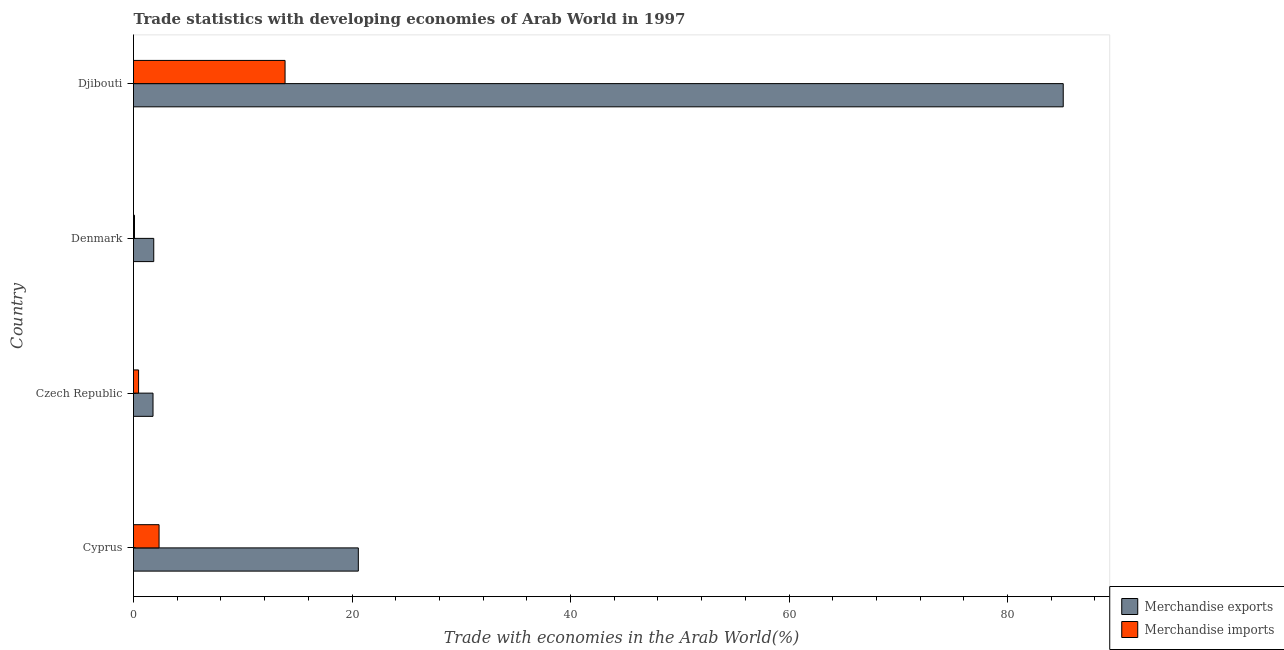
| Country | Merchandise exports | Merchandise imports |
 | --- | --- | --- |
 | Cyprus | 20.6 | 2.34 |
 | Czech Republic | 1.79 | 0.464 |
 | Denmark | 1.85 | 0.0915 |
 | Djibouti | 85.1 | 13.9 |